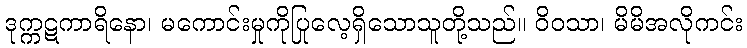
ဒုက္ကဋကာရိနော၊ မကောင်းမှုကိုပြုလေ့ရှိသောသူတို့သည်။ ဝိဝသာ၊ မိမိအလိုကင်း